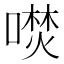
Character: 𭊦